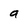
Character: a